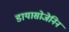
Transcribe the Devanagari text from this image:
डायासोजेनिन